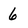
Character: 6